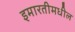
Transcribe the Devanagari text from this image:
इमारतीमधील